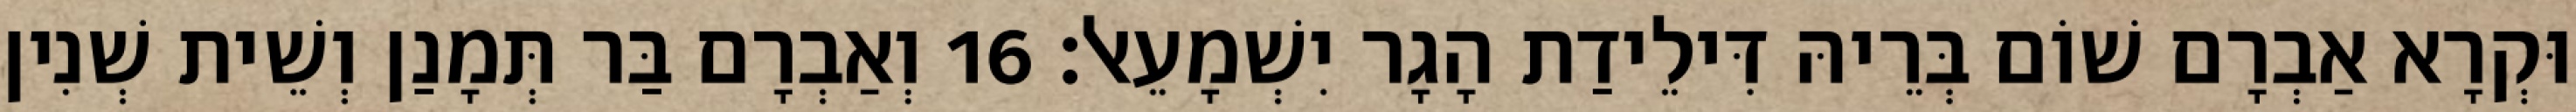
וּקְרָא אַבְרָם שׁוֹם בְּרֵיהּ דִּילֵידַת הָגָר יִשְׁמָעֵאל׃ 16 וְאַבְרָם בַּר תְּמָנַן וְשֵׁית שְׁנִין